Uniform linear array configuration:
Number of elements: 24
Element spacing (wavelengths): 1
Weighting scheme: kaiser
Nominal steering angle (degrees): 15
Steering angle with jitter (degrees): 13.394
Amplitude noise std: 0.05
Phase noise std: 0.05

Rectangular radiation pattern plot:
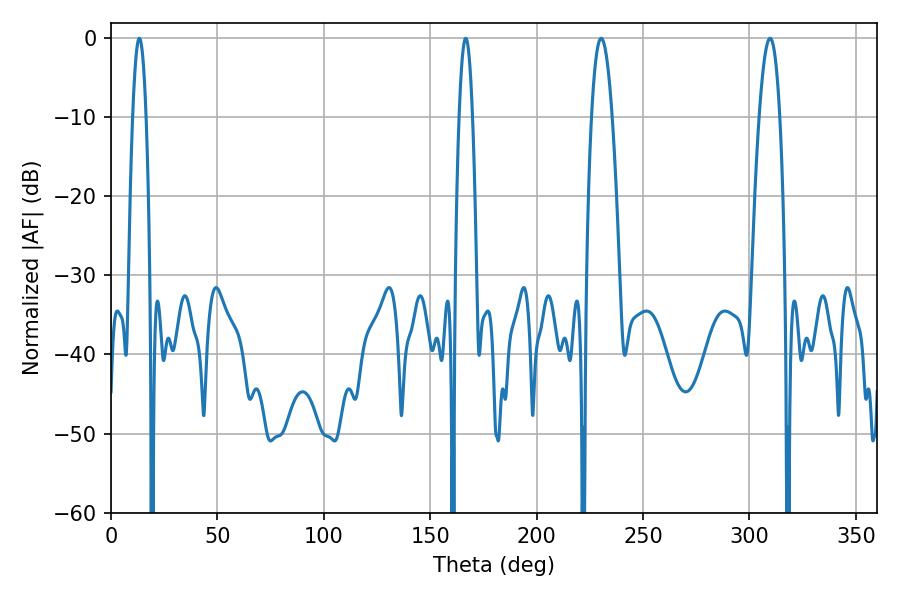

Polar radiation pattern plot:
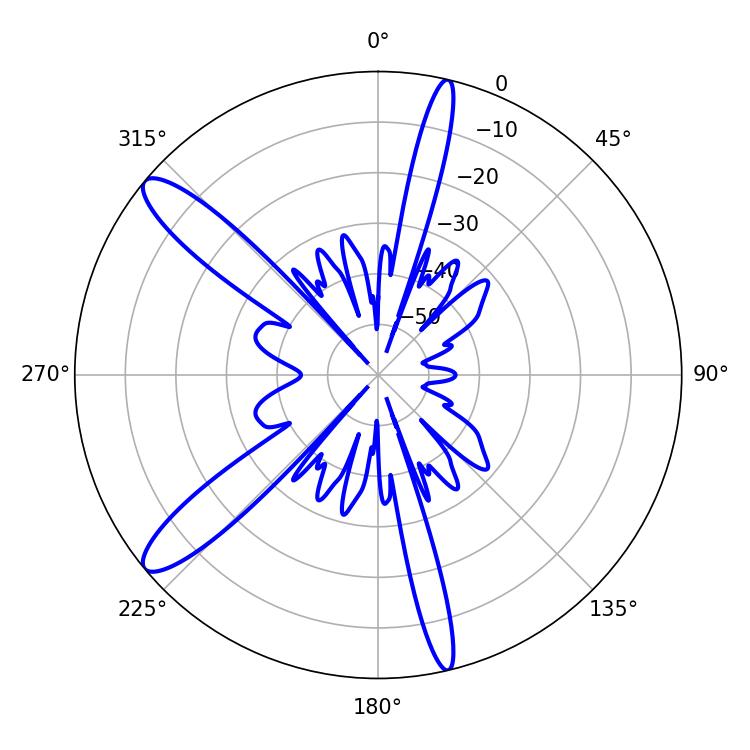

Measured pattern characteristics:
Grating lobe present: TRUE
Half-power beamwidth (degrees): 3.42
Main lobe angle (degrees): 166.68